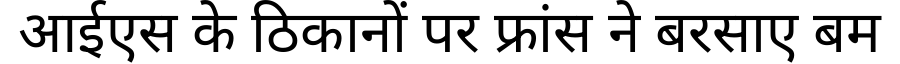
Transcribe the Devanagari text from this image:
आईएस के ठिकानों पर फ्रांस ने बरसाए बम